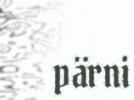
pärni